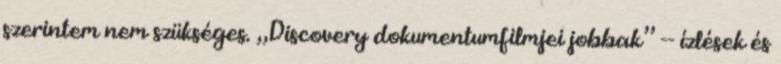
szerintem nem szükséges. „Discovery dokumentumfilmjei jobbak” -- ízlések és